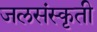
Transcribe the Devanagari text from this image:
जलसंस्कृती